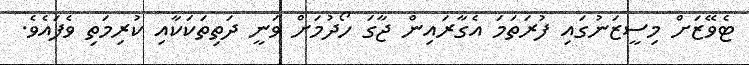
ޓެވޭޒަށް މިސީޒަނުގައި ފުރަތަމަ އެގާރައިން ޖާގަ ހޯދުމަށް ވަނީ ދަތިތަކަކާއި ކުރިމަތި ވެފައެވެ.